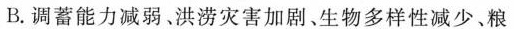
B. 调蓄能力减弱。洪涝灾害加剧、生物多样性减少、粮